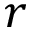
r